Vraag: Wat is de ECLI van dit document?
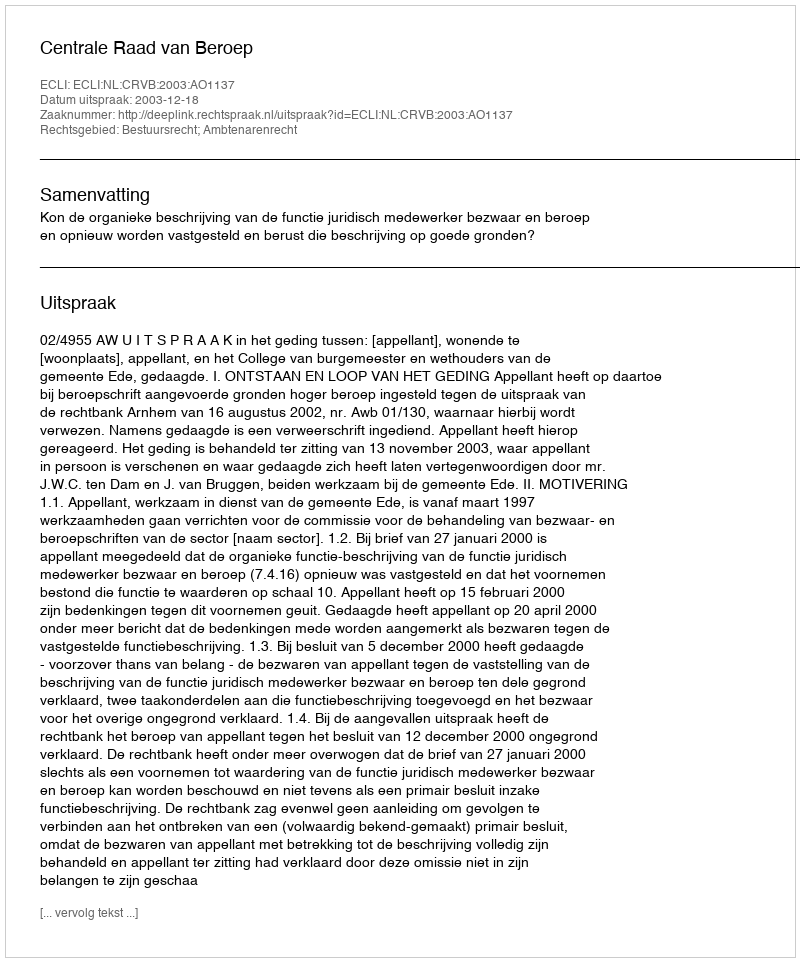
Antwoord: ECLI:NL:CRVB:2003:AO1137